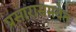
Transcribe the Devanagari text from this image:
प्रसारासमवेत